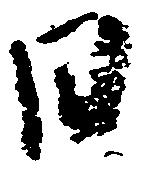
日